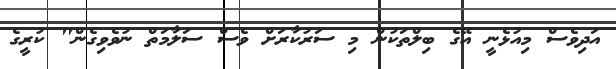
އަދިވެސް މިއުޅެނީ އޭގެ ބިލްތަކުން މި ސަރުކާރަށް ވެސް ސަލާމަތް ނުވެވިގެން" ކުރީގެ